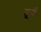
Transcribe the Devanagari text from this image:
तूर्य